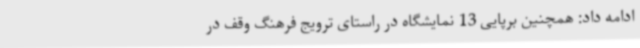
ادامه داد: همچنین برپایی 13 نمایشگاه در راستای ترویج فرهنگ وقف در